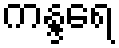
ကန္ဒရေ